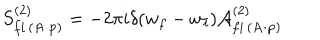
S _ { f i \, ( { \bf A \cdot p } ) } ^ { ( 2 ) } = - 2 \pi i \delta ( w _ { f } - w _ { i } ) { \cal A } _ { f i \, ( { \bf A \cdot p } ) } ^ { ( 2 ) }